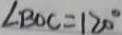
\angle B O C = 1 2 0 ^ { \circ }